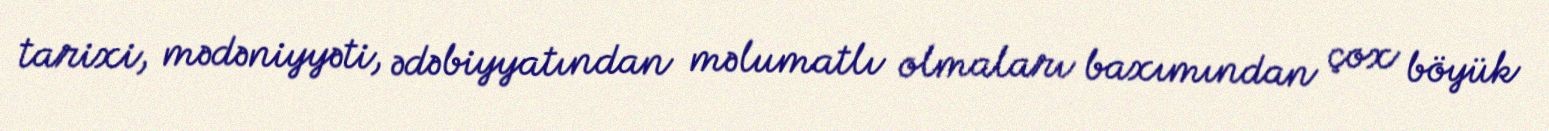
tarixi, mədəniyyəti, ədəbiyyatından məlumatlı olmaları baxımından çox böyük